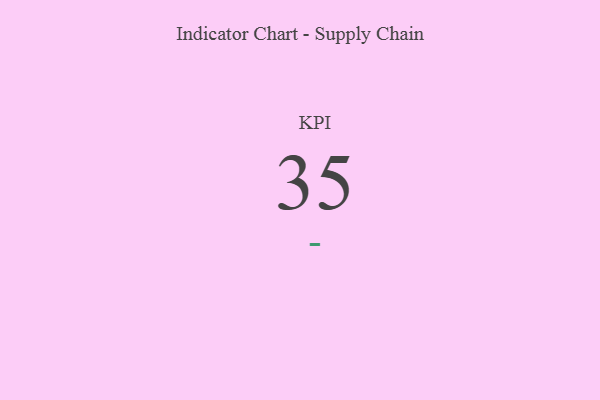
{"axis": {"x": "KPI", "y": "Value"}, "legend": [""], "data": [{"x": "KPI", "y": 35, "type": ""}]}